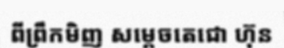
ពីព្រឹកមិញ សម្តេចតេជោ ហ៊ុន